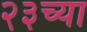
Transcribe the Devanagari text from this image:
२३च्या